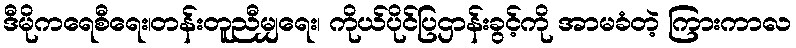
ဒီမိုကရေစီရေး၊တန်းတူညီမျှရေး၊ ကိုယ်ပိုင်ပြဌာန်းခွင့်ကို အာမခံတဲ့ ကြားကာလ